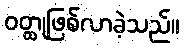
ဝတ္ထုဖြစ်လာခဲ့သည်။